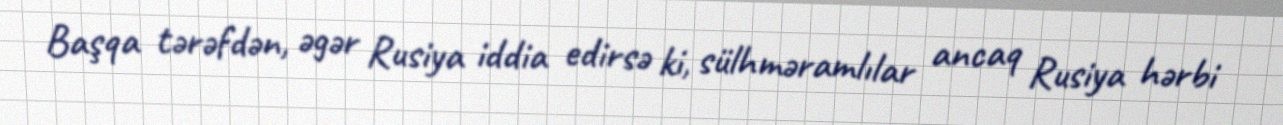
Başqa tərəfdən, əgər Rusiya iddia edirsə ki, sülhməramlılar ancaq Rusiya hərbi